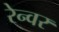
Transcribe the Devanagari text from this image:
रेन्वर